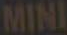
MINI